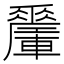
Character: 𨏜